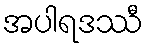
အပါရဒဿီ